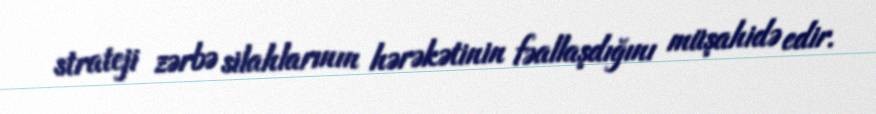
strateji zərbə silahlarının hərəkətinin fəallaşdığını müşahidə edir.